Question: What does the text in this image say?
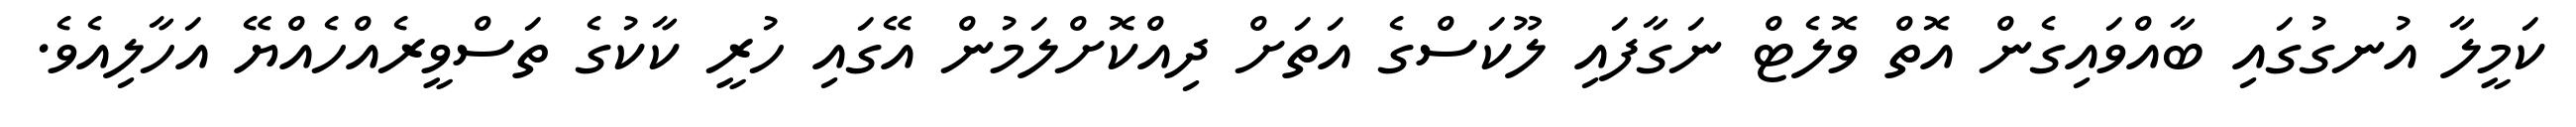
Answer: ކަމީލާ އުނގުގައި ބާއްވައިގެން އޮތް ވޮލެޓް ނަގާފައި ލޫކަސްގެ އަތަށް ދިއްކޮށްލަމުން އޭގައި ހުރީ ކާކުގެ ތަސްވީރެއްހެއްޔޭ އަހާލިއެވެ.